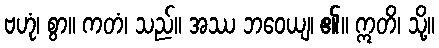
ဗဟုံ၊ စွာ။ ကတံ၊ သည်။ အဿ ဘဝေယျ၊ ၏။ ဣတိ၊ သို့။